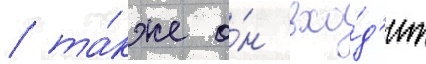
/ та́кже о́н вхо́д'ит